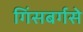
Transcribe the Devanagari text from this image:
गिंसबर्गसे